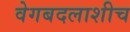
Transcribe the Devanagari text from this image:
वेगबदलाशीच